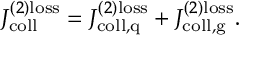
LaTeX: J _ { \mathrm { c o l l } } ^ { ( 2 ) { \mathrm { l o s s } } } = J _ { \mathrm { c o l l , q } } ^ { ( 2 ) { \mathrm { l o s s } } } + J _ { \mathrm { c o l l , g } } ^ { ( 2 ) { \mathrm { l o s s } } } .